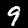
Digit: 9